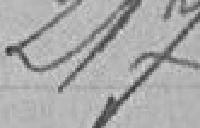
217